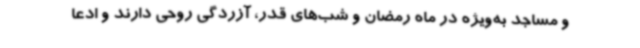
و مساجد به‌ویژه در ماه رمضان و شب‌های قدر، آزردگی روحی دارند و ادعا